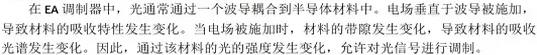
在 EA 调制器中，光通常通过一个波导耦合到半导体材料中。电场垂直于波导被施加，导致材料的吸收特性发生变化。当光的强度发生变化时，允许对光信号进行调制。光激发载流子，导致材料的吸收特性发生变化。当电场被施加时，材料的带隙发生变化，导致材料的吸收特性发生变化。